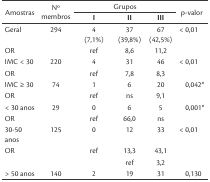
<table><thead><tr><td rowspan="2"><b>Amostras</b></td><td rowspan="2"><b>No membros</b></td><td colspan="3"><b>Grupos</b></td><td rowspan="2"><b><i>p-valor</i></b></td></tr><tr><td><b>I</b></td><td><b>II</b></td><td><b>III</b></td></tr></thead><tbody><tr><td>Geral</td><td>294</td><td>4 (7,1%)</td><td>37 (39,8%)</td><td>67 (42,5%)</td><td>&lt; 0,01</td></tr><tr><td>OR</td><td></td><td>ref</td><td>8,6</td><td>11,2</td><td></td></tr><tr><td>IMC &lt; 30</td><td>220</td><td>4</td><td>31</td><td>46</td><td>&lt; 0,01</td></tr><tr><td>OR</td><td></td><td>ref</td><td>7,8</td><td>8,3</td><td></td></tr><tr><td>IMC ≥ 30</td><td>74</td><td>1</td><td>6</td><td>20</td><td>0,042<sup>*</sup></td></tr><tr><td>OR</td><td></td><td>ref</td><td>ns</td><td>9,1</td><td></td></tr><tr><td>&lt; 30 anos</td><td>29</td><td>0</td><td>6</td><td>5</td><td>0,001<sup>*</sup></td></tr><tr><td>OR</td><td></td><td>ref</td><td>66,0</td><td>ns</td><td></td></tr><tr><td>30-50 anos</td><td>125</td><td>0</td><td>12</td><td>33</td><td>&lt; 0,01</td></tr><tr><td>OR</td><td></td><td>ref</td><td>13,3</td><td>43,1</td><td></td></tr><tr><td></td><td></td><td></td><td>ref</td><td>3,2</td><td></td></tr><tr><td>&gt; 50 anos</td><td>140</td><td>2</td><td>19</td><td>31</td><td>0,130</td></tr></tbody></table>